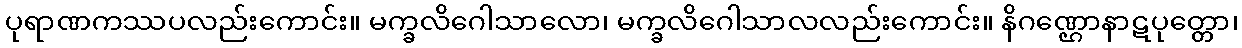
ပုရာဏကဿပလည်းကောင်း။ မက္ခလိဂေါသာလော၊ မက္ခလိဂေါသာလလည်းကောင်း။ နိဂဏ္ဌောနာဋပုတ္တော၊